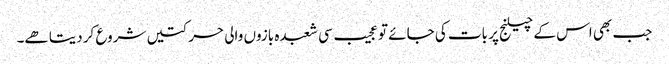
جب بھی اس کے چیلنج پر بات کی جائے تو عجیب سی شعبدہ بازوں والی حرکتیں شروع کر دیتا ھے۔